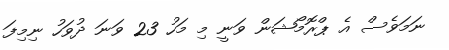
ނަމަވެސް އެ ޕްރޮމޯޝަން ވަނީ މި މަހު 23 ވަނަ ދުވަހު ނިމިފަ